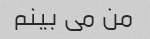
من می بینم